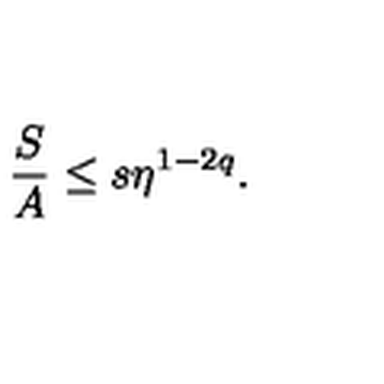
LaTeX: { \frac { S } { A } } \leq s \eta ^ { 1 - 2 q } .